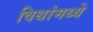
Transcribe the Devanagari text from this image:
विधांमध्ये